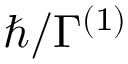
\hbar / \Gamma ^ { ( 1 ) }